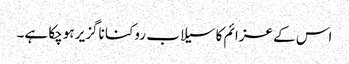
اس کے عزائم کا سیلاب روکنا ناگزیر ہوچکا ہے۔